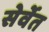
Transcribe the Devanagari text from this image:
सेर्वेत